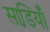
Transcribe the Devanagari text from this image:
साडि़याँ